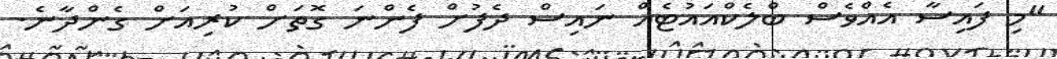
"މި ފައިސާ އެއްވެސް ބްލެކްއައުޓެއް ނައިސް ދެފުށް ފެންނަ ގޮތަށް ކުރިއަށް ގެންދާނެ.